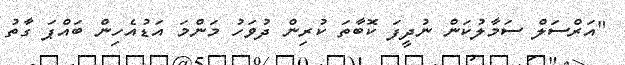
"އަރްސަލް ސަމާލުކަން ނުދީފަ ކޮބާތަ ކުރިން ދުވަހު މަންމަ އަޑުއެހިން ބައްޕަ ގާތު